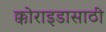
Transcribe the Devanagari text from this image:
क्कोराइडासाठी